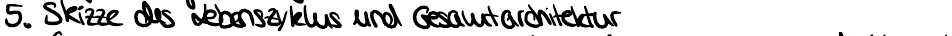
5. Skizze des Lebenszyklus und Gesamtarchitektur